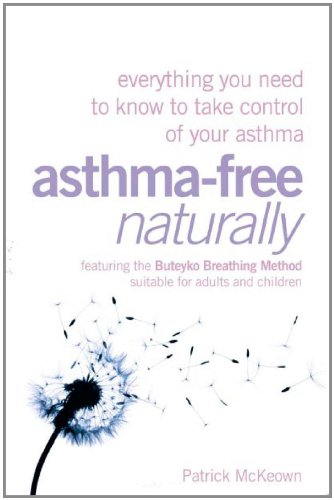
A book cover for Asthma-Free Naturally: Everything You Need to Know About Taking Control of Your Asthma--Featuring the Buteyko Breathing Method Suitable for Adults and Children; Patrick G. McKeown; Health, Fitness & Dieting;